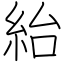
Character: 紿